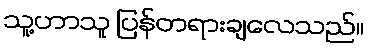
သူ့ဟာသူ ပြန်တရားချလေသည်။